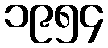
၁၉၅၄